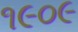
૧૯૦૯